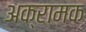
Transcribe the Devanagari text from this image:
अक्रामक